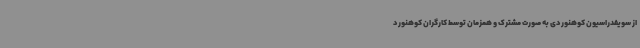
از سویفدراسیون کوهنوردی به صورت مشترک و همزمان توسط کارگران کوهنورد